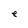
Character: e